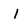
Character: 1